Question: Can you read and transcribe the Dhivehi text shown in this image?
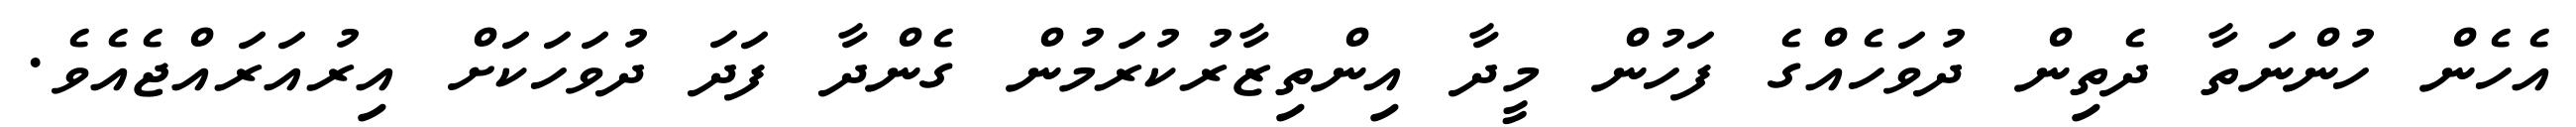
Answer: އެހެން ހުންނަތާ ދެތިން ދުވަހެއްގެ ފަހުން މީދާ އިންތިޒާރުކުރަމުން ގެންދާ ފަދަ ދުވަހަކަށް އިރުއަރައްޖެއެވެ.